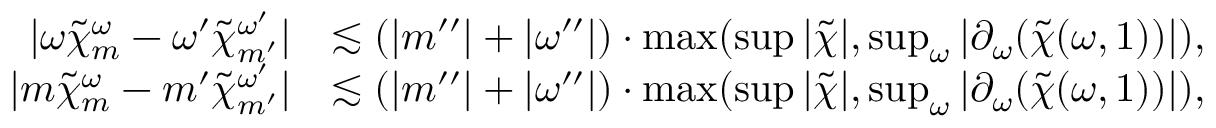
\begin{array} { r l } { | \omega \widetilde { \chi } _ { m } ^ { \omega } - \omega ^ { \prime } \widetilde { \chi } _ { m ^ { \prime } } ^ { \omega ^ { \prime } } | } & { \lesssim ( | m ^ { \prime \prime } | + | \omega ^ { \prime \prime } | ) \cdot \operatorname* { m a x } ( \operatorname* { s u p } | \widetilde { \chi } | , \operatorname* { s u p } _ { \omega } | \partial _ { \omega } ( \widetilde { \chi } ( \omega , 1 ) ) | ) , } \\ { | m \widetilde { \chi } _ { m } ^ { \omega } - m ^ { \prime } \widetilde { \chi } _ { m ^ { \prime } } ^ { \omega ^ { \prime } } | } & { \lesssim ( | m ^ { \prime \prime } | + | \omega ^ { \prime \prime } | ) \cdot \operatorname* { m a x } ( \operatorname* { s u p } | \widetilde { \chi } | , \operatorname* { s u p } _ { \omega } | \partial _ { \omega } ( \widetilde { \chi } ( \omega , 1 ) ) | ) , } \end{array}